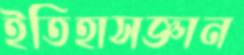
ইতিহাসজ্ঞান